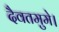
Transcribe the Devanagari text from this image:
दैवतमुमे।